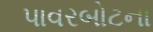
પાવરબોટના